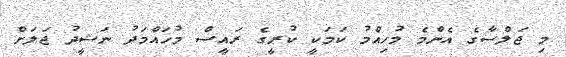
މި ޖަލްސާގެ އެންމެ މުހިއްމު ކަމަކީ ކުރީގެ ރައީސް މުހައްމަދު ނަޝީދު ޖަލަށް